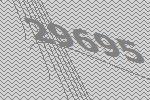
29695